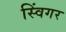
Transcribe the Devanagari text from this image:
स्विंगर